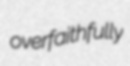
overfaithfully